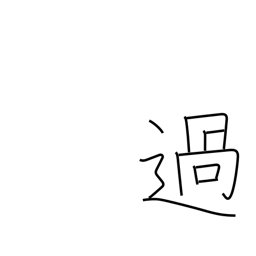
Meaning: exceed